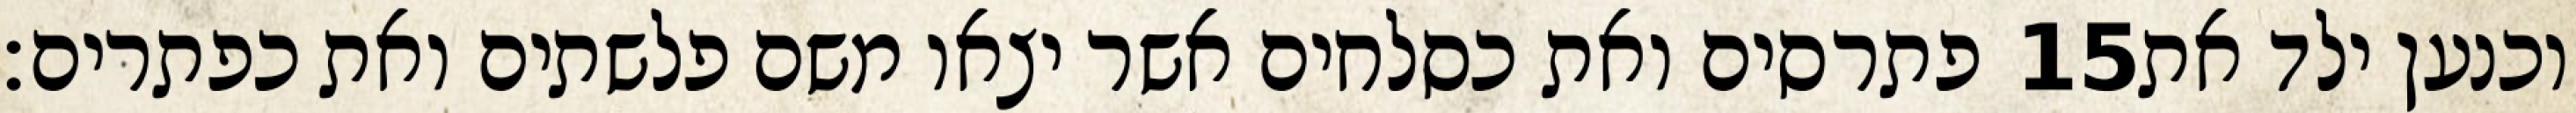
פתרסים ואת כסלחים אשר יצאו משם פלשתים ואת כפתרים׃ ‎15‏ וכנען ילד את